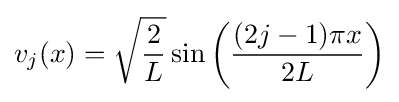
v_{j}(x)={\sqrt {\frac {2}{L}}}\sin \left({\frac {(2j-1)\pi x}{2L}}\right)